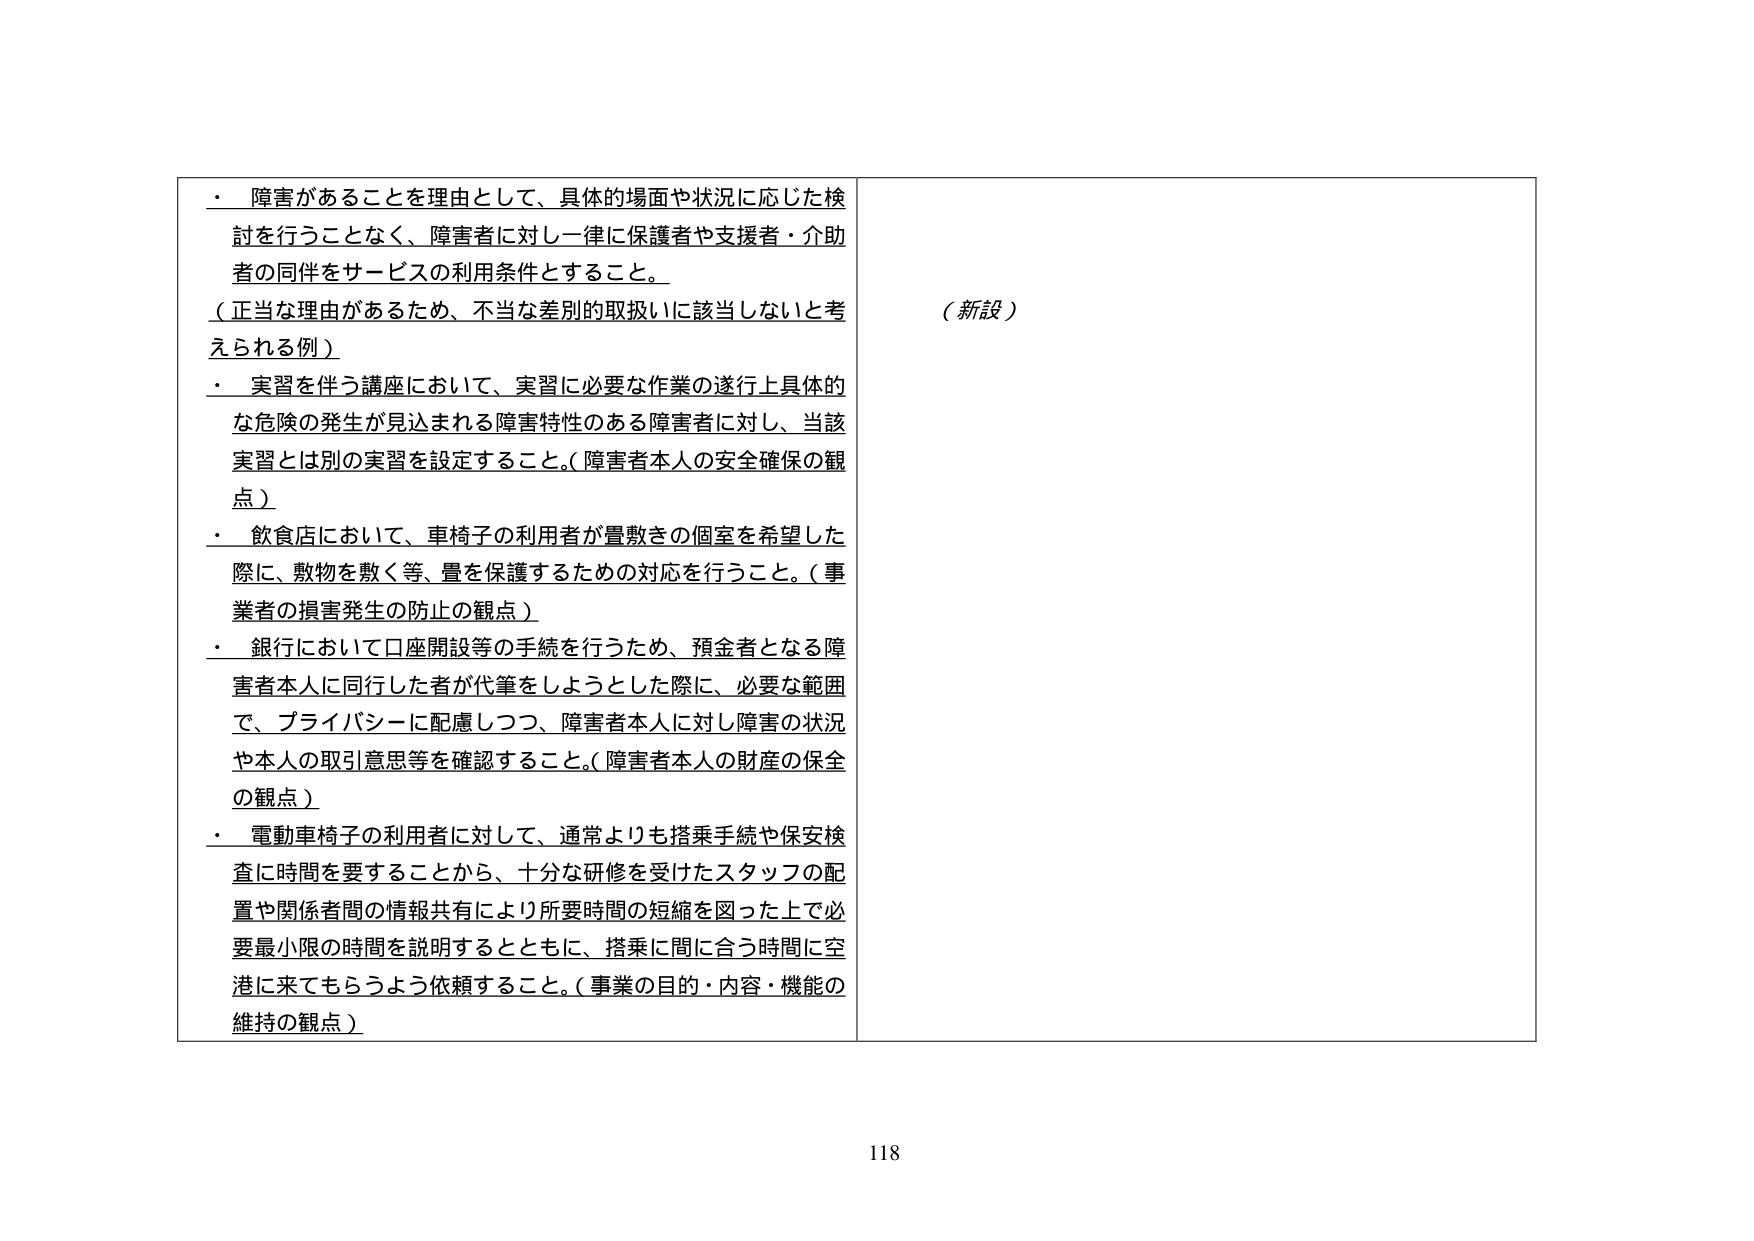
・ 障害があることを理由として、具体的場面や状況に応じた検討を行うことなく、障害者に対し一律に保護者や支援者・介助者の同伴をサービスの利用条件とすること。
（正当な理由があるため、不当な差別的取扱いに該当しないと考えられる例）
・ 実習を伴う講座において、実習に必要な作業の遂行上具体的な危険の発生が見込まれる障害特性のある障害者に対し、当該実習とは別の実習を設定すること。（障害者本人の安全確保の観点）
・ 飲食店において、車椅子の利用者が置敷きの個室を希望した際に、敷物を敷く等、畳を保護するための対応を行うこと。（事業者の損害発生の防止の観点）
・ 銀行において口座開設等の手続を行うため、預金者となる障害者本人に同行した者が代筆をしようとした際に、必要な範囲で、プライバシーに配慮しつつ、障害者本人に対し障害の状況や本人の取引意思等を確認すること。（障害者本人の財産の保全の観点）
・ 電動車椅子の利用者に対して、通常よりも搭乗手続や保安検査に時間を要することから、十分な研修を受けたスタッフの配置や関係者間の情報共有により所要時間の短縮を図った上で必要最小限の時間を説明するとともに、搭乗に間に合う時間に空港に来てもらうよう依頼すること。（事業の目的・内容・機能の維持の観点）

（新設）

118